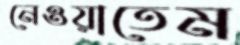
নেওয়াতেম